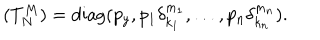
( T _ { N } ^ { M } ) = \mathrm { d i a g } ( p _ { y } , p _ { 1 } \delta _ { k _ { 1 } } ^ { m _ { 1 } } , \ldots , p _ { n } \delta _ { k _ { n } } ^ { m _ { n } } ) .